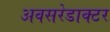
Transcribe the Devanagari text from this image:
अवसरेडाक्टर